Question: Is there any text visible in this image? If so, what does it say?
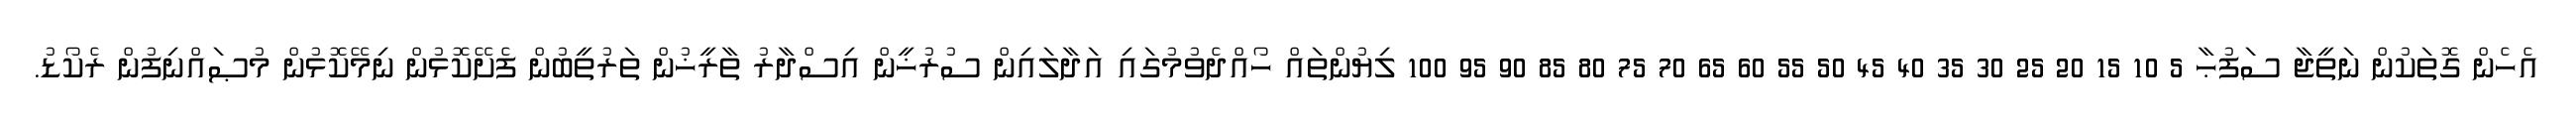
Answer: އެހެން ގޮތަކުން ނަތީޖާ ސަފުޙާ 5 10 15 20 25 30 35 40 45 50 55 60 65 70 75 80 85 90 95 100 ލިޔުންތައް ހޯއްދެވުމުގައި އަދާލައިން ސުރުޚީން އިސްދާރު ތާރީޚުން ތަރުތީބުން ފެށޭކޮޅުން ނިމޭކޮޅުން މުޞައްނިފުން ރެކޯޑު.